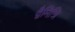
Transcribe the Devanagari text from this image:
द्वैमित्रि